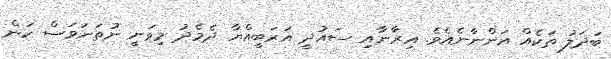
ބަދަލު ތަކެއް އަންނާނެއެވެ. އިރާނާއި ސައުދީ އަރަބީއްޔާ ދެމެދު މިވަނީ ނުތަނަވަސް ކަން